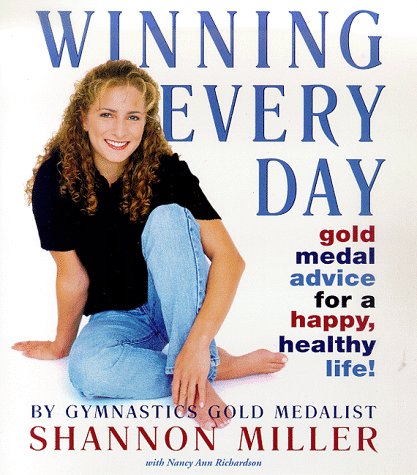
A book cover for Winning Every Day; Shannon Miller; Teen & Young Adult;